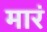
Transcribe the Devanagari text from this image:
मारं